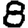
Digit: 8